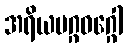
အရိယမဂ္ဂဝဂ္ဂေါ